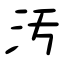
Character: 汚